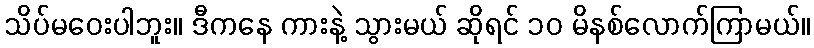
သိပ်မဝေးပါဘူး။ ဒီကနေ ကားနဲ့ သွားမယ် ဆိုရင် ၁၀ မိနစ်လောက်ကြာမယ်။